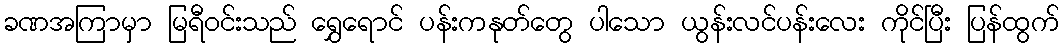
ခဏအကြာမှာ မြရီဝင်းသည် ရွှေရောင် ပန်းကနုတ်တွေ ပါသော ယွန်းလင်ပန်းလေး ကိုင်ပြီး ပြန်ထွက်